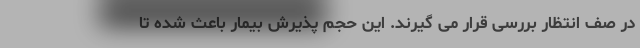
در صف انتظار بررسی قرار می گیرند. این حجم پذیرش بیمار باعث شده تا